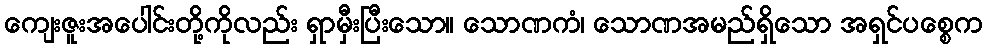
ကျေးဇူးအပေါင်းတို့ကိုလည်း ရှာမှီးပြီးသော။ သောဏကံ၊ သောဏအမည်ရှိသော အရှင်ပစ္စေက